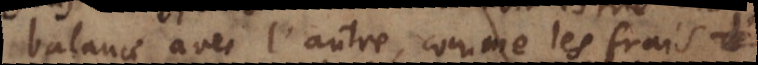
balance avec l’autre, comme les frais